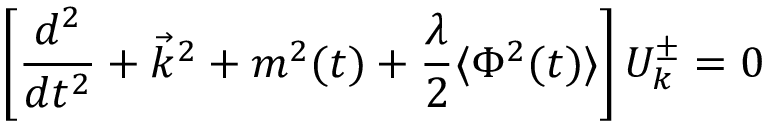
\left[ \frac { d ^ { 2 } } { d t ^ { 2 } } + \vec { k } ^ { 2 } + m ^ { 2 } ( t ) + \frac { \lambda } { 2 } \langle \Phi ^ { 2 } ( t ) \rangle \right] { \cal { U } } _ { k } ^ { \pm } = 0